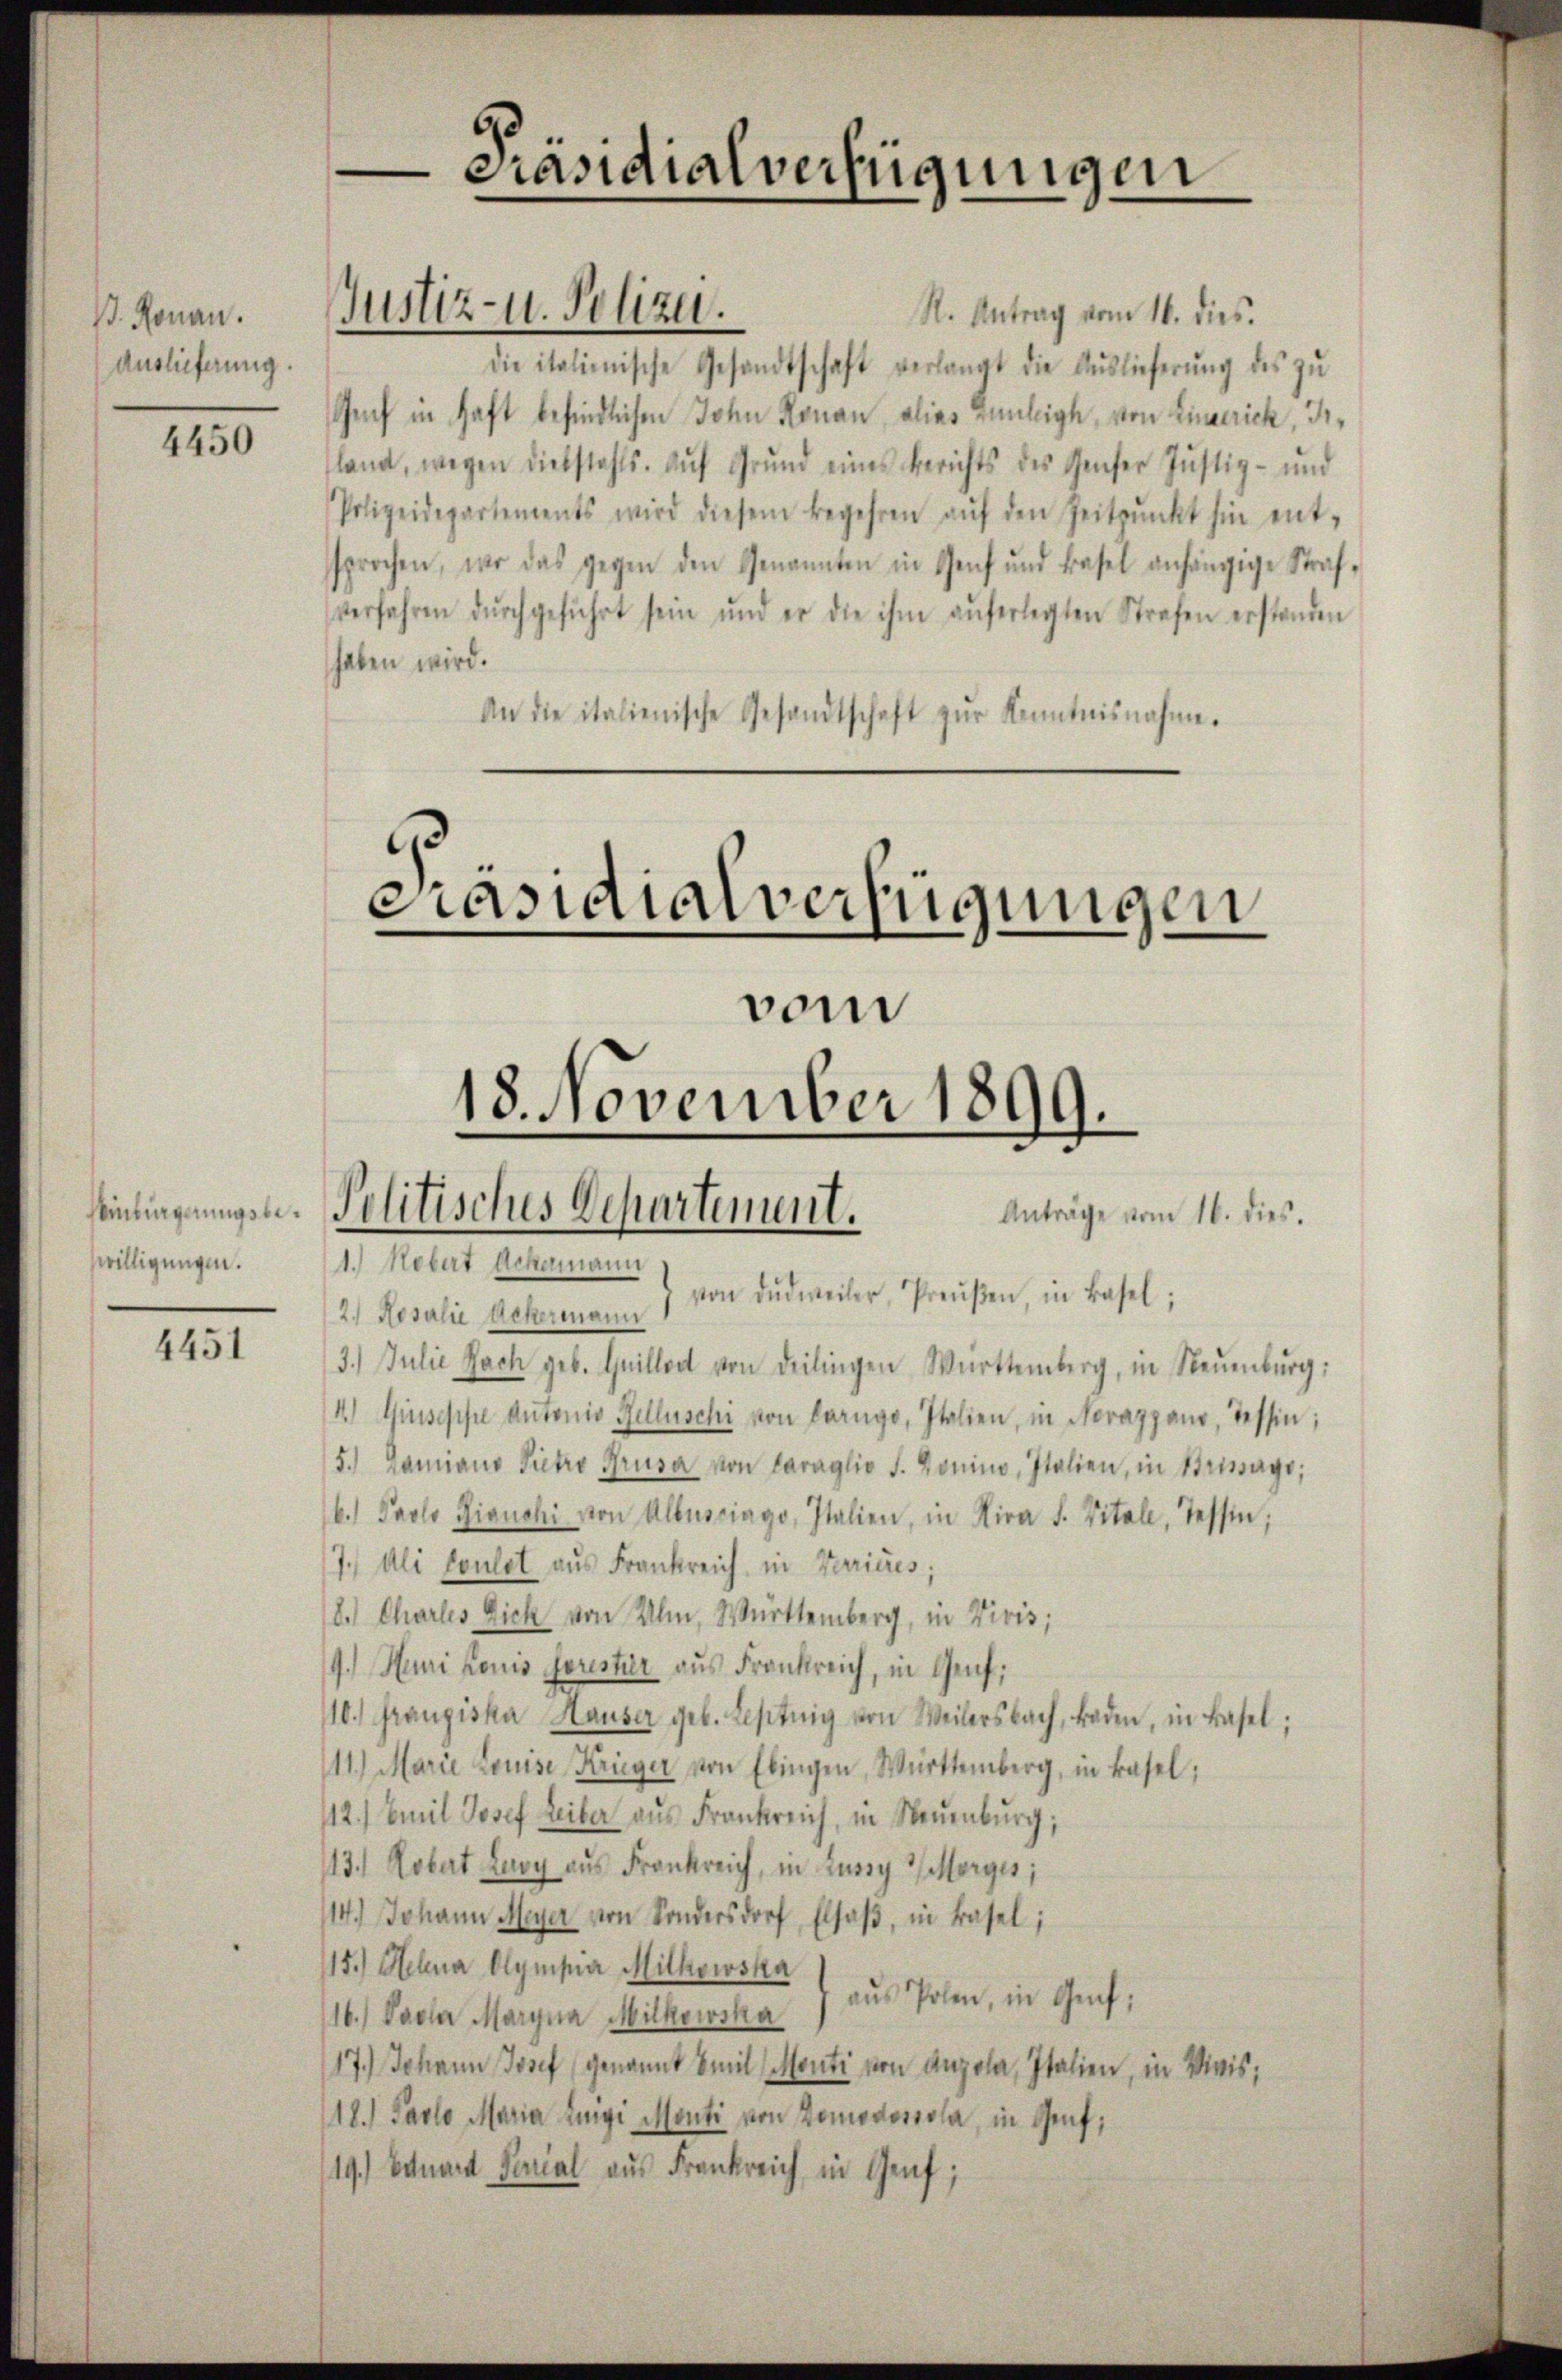
B. Ronau.
Auslieferung.

4450

willigungen.

4451

-Präsidialverfügungen

Justiz- u. Polizei.

Präsidialverfügungen
einlingungste. Politisches Departement.
Anträge vom 16. dies.
1. Nobirt Ackermann
von dudweiler, Preŭβen, in Basel;

R. Antrag vom 16. dies.
die italienische Gesandtschaft verlangt die Aŭslieferŭng des zŭ
Genf in haft befindlichen John Ronau, alias Innleige, von Lingerich, deland, wegen Diebstahls. Aŭf Grŭnd eines Berichts des Genfer Justiz- und
Polizeidepartements wird diesem Begehren aŭf den Zeitpunkt hin ent-
sprochen, wo das gegen den Genannten in Genf und Basel anhängige Straf-
verfahren dŭrchgeführt sein und er die ihm aŭferlegten Strafen erstanden
haben wird.
An die italienische Gesandtschaft zŭr Kenntnisnahme.

vom
18. November 1899.

2. Rosalie Ackermann
3.) Julie Nach geb. Guillort von deilingen Württemberg, in Neuenburg:
4) Giuseppe dutonio Rellschi von Carngo, Italien, in Novazgano, Tessin;
5.) Lamians Pietro Grusa von Caraglio S. Gonino, Italien, in Strissage,
b.) Paolo Gianchi von Allusciago, Italien, in Hira s. Vitale, Tessin;
7.) Ali Coulet aus Frankreich in Varicres;
8.) Charles Dich von Ulm, Württemberg, in Vivis;
9.) Henri konis sorestier aus Frankreich, in Genf;
10.) Franziska Hauser geb. Leseitig von Weilersbach, traden, in Basel;
11.) Marie Louise, Krieger von Ebingen, Württemberg, in Basel,
12.) Emil Josef Leiber aŭs Frankreich, in Neuenburg,
113.) Robert Laoy aus Frankreich, in Lussy 7 Morges;
14.) Johann Meyer von Sondersdorf, Elsaß, in Basel;
15.) Selna Olympia Mitkowska
aŭs Polen, in Genf;
16.) Sache Maryna Mitkowska
17.) Johann Josef (genannt Emil (Monti von Angola, Italien, in Vivis;
(18.) Paolo Maria Luigi Monti von Domodossala, in Genf;
19.) Eduard Serial aus Frankreich in Genf;